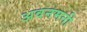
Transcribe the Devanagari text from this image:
अवनमनी